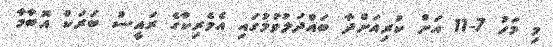
މި މަހު 7-11 އަށް ކުރިއަށްދާ ބައްދަލުވުމުގައި އެމެރިކާގެ ރައީސް ބަރަކް އޮބާމާ